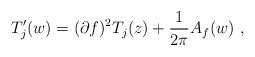
\begin{align*}T'_j(w)=(\partial f)^2 T_j(z)+{1 \over 2\pi} A_f(w)~,\end{align*}